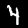
Label: 4